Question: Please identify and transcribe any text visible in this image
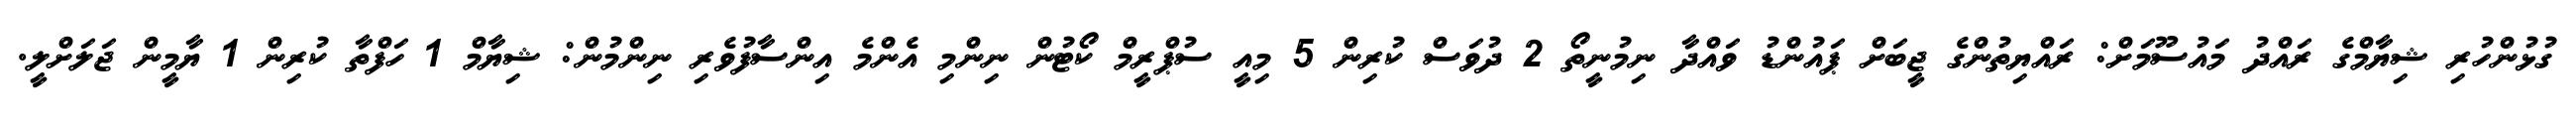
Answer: ގުޅުންހުރި ޝިޔާމްގެ ރައްދު މައުސޫމަށް: ރައްޔިތުންގެ ޖީބަށް ޕައުންޑު ވައްދާ ނިމުނީތޯ 2 ދުވަސް ކުރިން 5 މިއީ ސުޕްރީމް ކޯޓުން ނިންމި އެންމެ އިންސާފުވެރި ނިންމުން: ޝިޔާމް 1 ހަފްތާ ކުރިން 1 ޔާމީން ޖަލަށްލީ.